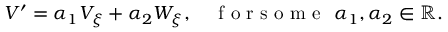
\begin{array} { r } { V ^ { \prime } = \alpha _ { 1 } V _ { \xi } + \alpha _ { 2 } W _ { \xi } , \quad \mathrm { ~ f ~ o ~ r ~ s ~ o ~ m ~ e ~ } ~ \alpha _ { 1 } , \alpha _ { 2 } \in \mathbb { R } . } \end{array}